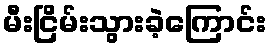
မီးငြိမ်းသွားခဲ့ကြောင်း